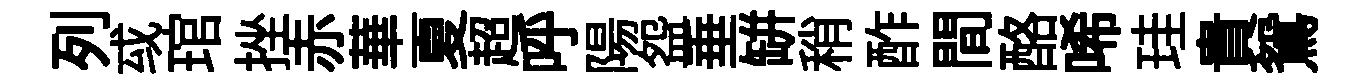
列㦯琯挫赤華夏超呼陽盌垂缾稍酢間酪唏珪貴鴛